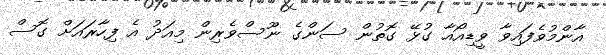
އާންމުވެފައިވާ ވީޑިއޯއާ ގުޅޭ ގޮތުން ސަންގެ ނޫސްވެރިން މިއަދު އެ ފިހާރައަށް ގޮސް